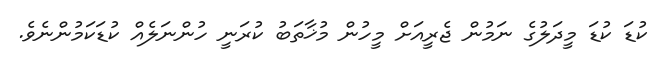
ކުޑަ ކުޑަ މީދަލުގެ ނަމުން ޖެރީއަށް މީހުން މުޚާތަބު ކުރަނީ ހުންނަލެއް ކުޑަކަމުންނެވެ.